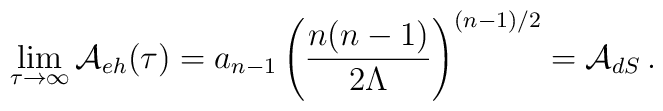
\lim_{\tau\rightarrow\infty} {\cal A}_{eh}(\tau) = a_{n-1}\left({n(n-1)\over 2\Lambda}\right)^{(n-1)/2}= {\cal A}_{dS}\,.